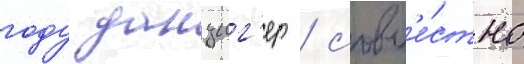
году данциг'ер / совм'е́стно